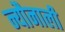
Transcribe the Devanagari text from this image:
न्यौनाली